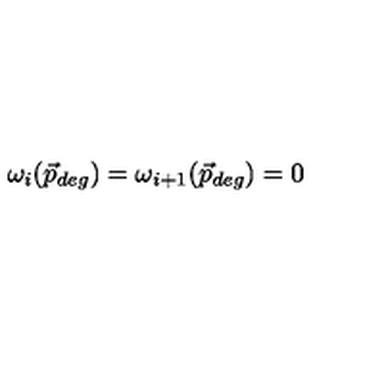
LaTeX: \omega _ { i } ( \vec { p } _ { d e g } ) = \omega _ { i + 1 } ( \vec { p } _ { d e g } ) = 0